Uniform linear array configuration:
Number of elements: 32
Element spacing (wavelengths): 1
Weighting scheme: exponential
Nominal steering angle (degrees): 45
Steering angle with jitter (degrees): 45.344
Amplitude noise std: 0.05
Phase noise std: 0.05

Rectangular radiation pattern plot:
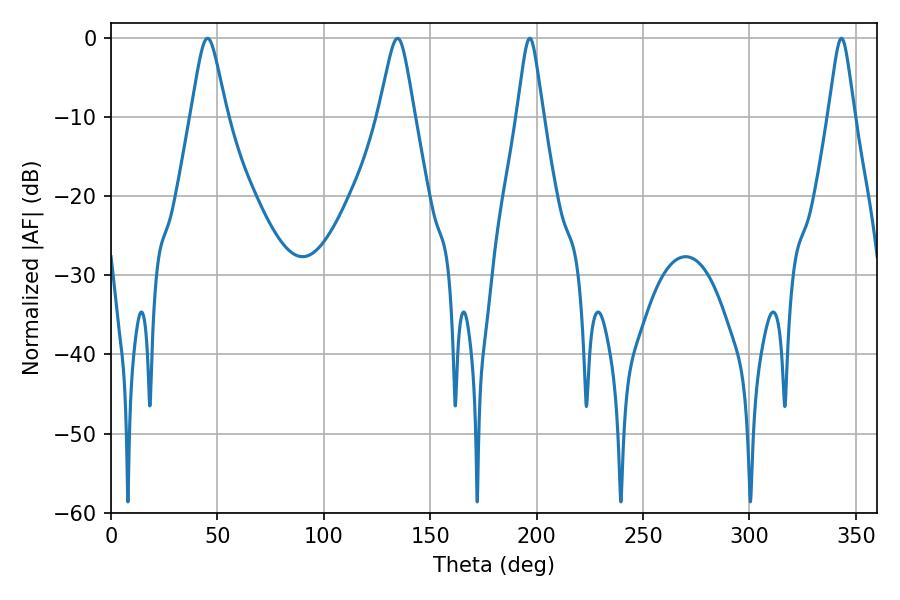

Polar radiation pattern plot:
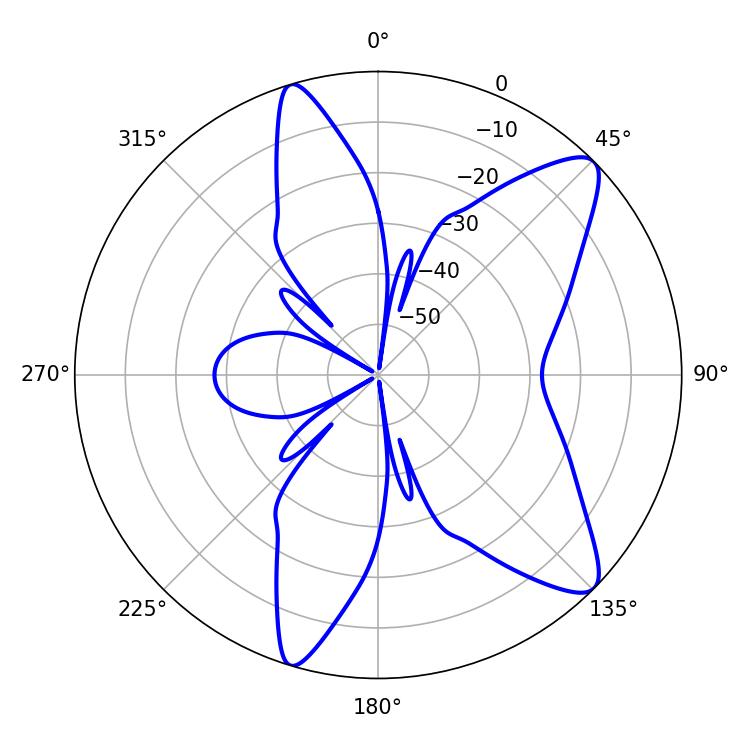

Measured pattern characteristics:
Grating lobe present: TRUE
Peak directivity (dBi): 10.511
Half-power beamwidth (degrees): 8.1
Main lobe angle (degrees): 45.36